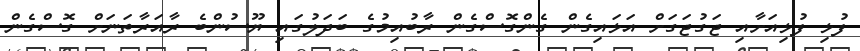
ފުޅި ފުޅިއަށާއި ޖަގުޖަގަށް އަޅައިގެން ގެންގޮސްގެން ރާބުއިމުގެ ބަދަލުގައި ޔޫސުންބެ ރާއަރާތަނަށް ގޮސްގެން